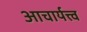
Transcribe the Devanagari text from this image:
आचार्यत्त्व